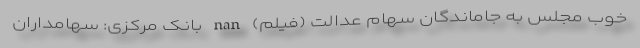
خوب مجلس به جاماندگان سهام عدالت (فیلم) nan بانک مرکزی: سهامداران